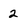
Character: 2